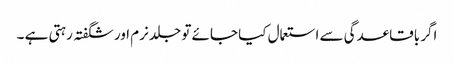
اگر باقاعدگی سے استعمال کیا جائے تو جلد نرم اور شگفتہ رہتی ہے ۔